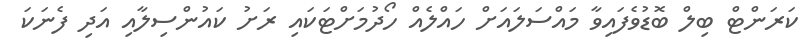
ކަރަންޓް ބިލް ބޮޑުވެފައިވާ މައްސަލައަށް ހައްލެއް ހޯދުމަށްޓަކައި ރަށު ކައުންސިލާއި އަދި ފެނަކަ